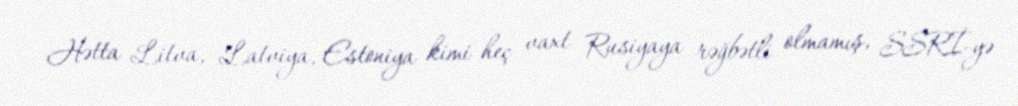
Hətta Litva, Latviya, Estoniya kimi heç vaxt Rusiyaya rəğbətli olmamış, SSRİ-yə